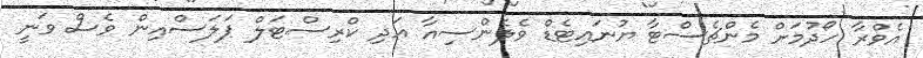
އެވްރާ ހޯދުމަށް މެންޗެސްޓާ ޔުނައިޓެޑް ވެލެންސިއާ އަދި ކްރިސްޓަލް ޕަލަސްއިން ވެސް ވަނީ